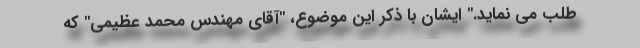
طلب می نماید." ایشان با ذکر این موضوع، "آقای مهندس محمد عظیمی" که